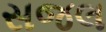
સજલ